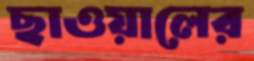
ছাওয়ালের